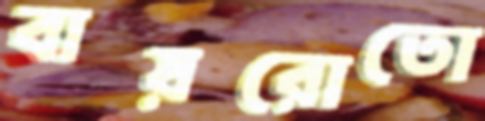
বায়রোতো